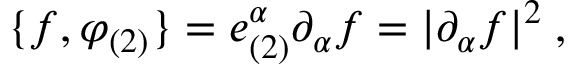
\{ f , \varphi _ { ( 2 ) } \} = e _ { ( 2 ) } ^ { \alpha } \partial _ { \alpha } f = | \partial _ { \alpha } f | ^ { 2 } \; ,